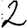
Digit: 2